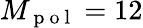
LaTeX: M_{\mathrm{~p~o~l~}}=12